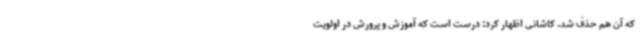
که آن هم حذف شد. کاشانی اظهار کرد: درست است که آموزش و پرورش در اولویت